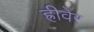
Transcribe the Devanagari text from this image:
ह्रीवेर